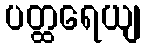
ပတ္ထရေယျ